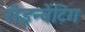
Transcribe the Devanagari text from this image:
रीइन्वेंटिंग